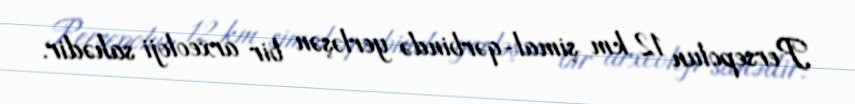
Persepolun 12 km şimal-qərbində yerləşən bir arxeoloji sahədir.